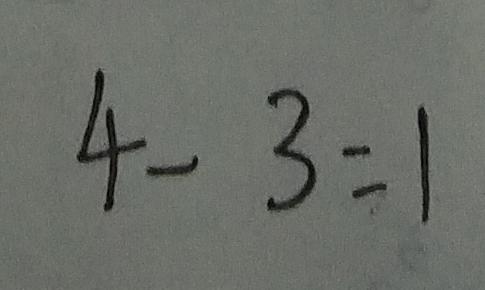
4 - 3 = 1